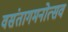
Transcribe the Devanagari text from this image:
वसंतागमनोत्सव